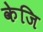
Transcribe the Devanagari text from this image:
केजि